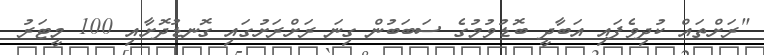
"ރަށްތައް ކުދިވެފައި އަބާދީ ބޮޑުވުމުގެ ސަބަބުން ގިނަ ރަށްރަށުގައި ގޮނޑުދޮށާއި 100 މީޓަރު